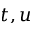
t , u